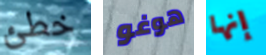
خطئ هوغو إنها